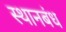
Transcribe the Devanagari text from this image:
स्थानबंध